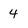
Character: 4